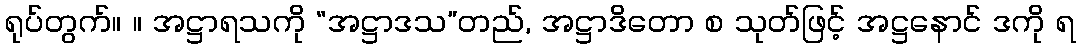
ရုပ်တွက်။ ။ အဋ္ဌာရသကို “အဋ္ဌာဒသ”တည်, အဋ္ဌာဒိတော စ သုတ်ဖြင့် အဋ္ဌနောင် ဒကို ရ